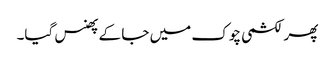
پھر لکشمی چوک میں جا کے پھنس گیا۔